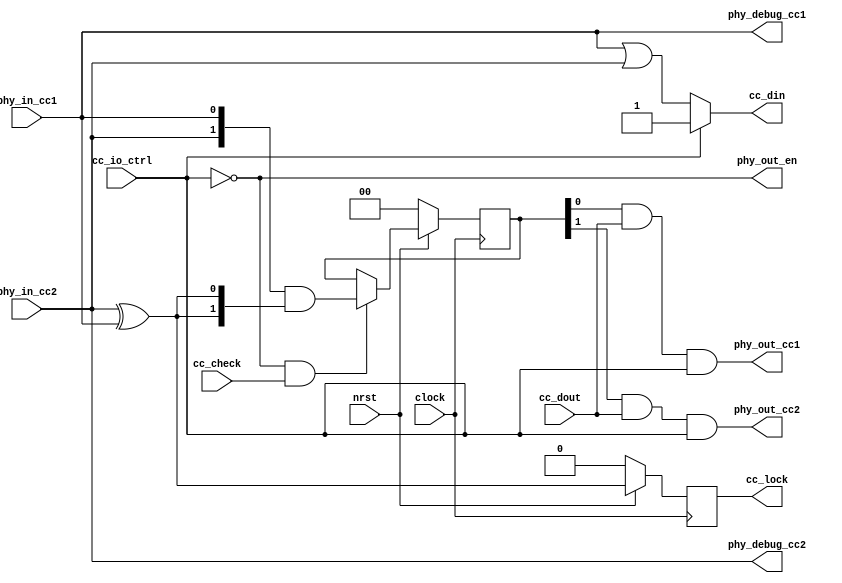
//  ____         _                ____                      
// | __ )  _ __ (_)  __ _  _ __  / ___|  _   _  _ __    ___ 
// |  _ \ | '__|| | / _` || '_ \ \___ \ | | | || '_ \  / _ \
// | |_) || |   | || (_| || | | | ___) || |_| || | | ||  __/
// |____/ |_|   |_| \__,_||_| |_||____/  \__,_||_| |_| \___|
//                                                          
// Programed By: BrianSune
// Contact: briansune@gmail.com
// 


`timescale 1ns/1ps

module cc_line#(
	parameter system_khz = 200000
)(
	
	input				nrst,
	input				clock,
	
	output				cc_din,
	input				cc_dout,
	
	input				cc_check,
	input				cc_io_ctrl,
	output				cc_lock,
	
	// Phy IOs
	input				phy_in_cc1,
	// input				phy_in_cc1_p,
	// input				phy_in_cc1_n,
	input				phy_in_cc2,
	// input				phy_in_cc2_p,
	// input				phy_in_cc2_n,
	
	output				phy_out_en,
	output				phy_out_cc1,
	output				phy_out_cc2,
	
	output				phy_debug_cc1,
	output				phy_debug_cc2
);
	
	localparam [23 : 0]	ten_ms = (system_khz / 100) - 1;
	
	reg		[1 : 0]		cc_msel;
	// reg		[23 : 0]	periodic_cnt;
	// reg					inter_chk;
	
	// output masking based on lock
	assign phy_out_cc1 = cc_msel[0] & cc_dout & cc_io_ctrl;
	assign phy_out_cc2 = cc_msel[1] & cc_dout & cc_io_ctrl;
	assign phy_out_en = !cc_io_ctrl;
	
	// always@(posedge clock)begin
		// if(!nrst)begin
			// periodic_cnt <= 24'd0;
			// inter_chk <= 1'b0;
		// end else begin
			// if(cc_io_ctrl | cc_check | periodic_cnt >= ten_ms)
				// periodic_cnt <= 24'd0;
			// else
				// periodic_cnt <= periodic_cnt + 23'd1;
			
			// if(!cc_io_ctrl & periodic_cnt >= ten_ms)
				// inter_chk <= 1'b1;
			// else
				// inter_chk <= 1'b0;
		// end
	// end
	
	wire	cc1;
	wire	cc2;
	
	assign phy_debug_cc1 = cc1;
	assign phy_debug_cc2 = cc2;
	
	assign cc_din =  (cc_io_ctrl) ? 1'b1 : (cc1 | cc2);
	
	assign cc1 = phy_in_cc1;
	assign cc2 = phy_in_cc2;
	
	// IBUFDS#(
		// .DIFF_TERM		("FALSE"),
		// .IBUF_LOW_PWR	("FALSE"),
		// .IOSTANDARD		("LVDS_25")
	// )IBUFDS_cc1_inst(
		// .O		(cc1),
		// .I		(phy_in_cc1_p),
		// .IB		(phy_in_cc1_n)
	// );
	
	// IBUFDS#(
		// .DIFF_TERM		("FALSE"),
		// .IBUF_LOW_PWR	("FALSE"),
		// .IOSTANDARD		("LVDS_25")
	// )IBUFDS_cc2_inst(
		// .O		(cc2),
		// .I		(phy_in_cc2_p),
		// .IB		(phy_in_cc2_n)
	// );
	
	always@(posedge clock)begin
		if(!nrst)begin
			cc_msel <= 2'b00;
		end else if(!cc_io_ctrl & cc_check)begin
			cc_msel <= {cc2, cc1} & {2{cc2 ^ cc1}};
		end
	end
	
	reg		cc_lock_r;
	
	
	assign cc_lock = cc_lock_r;
	
	always@(posedge clock)begin
		if(!nrst)begin
			cc_lock_r <= 1'b0;
		end else begin
			cc_lock_r <= cc2 ^ cc1;
		end
	end
	
endmodule